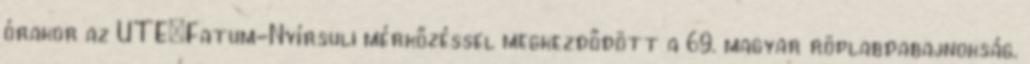
órakor az UTE–Fatum-Nyírsuli mérkőzéssel megkezdődött a 69. magyar röplabdabajnokság.